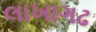
લાખાગઢ